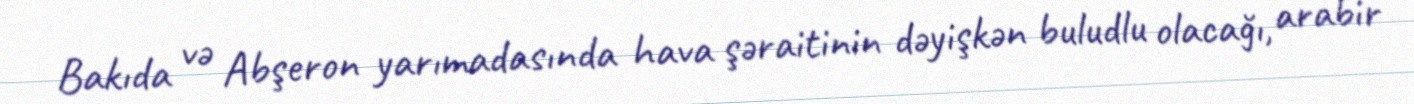
Bakıda və Abşeron yarımadasında hava şəraitinin dəyişkən buludlu olacağı, arabir